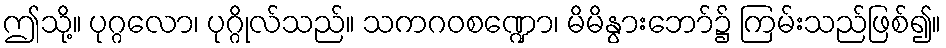
ဤသို့။ ပုဂ္ဂလော၊ ပုဂ္ဂိုလ်သည်။ သကဂဝစဏ္ဍော၊ မိမိနွားဘော်၌ ကြမ်းသည်ဖြစ်၍။